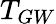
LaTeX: T_{GW}